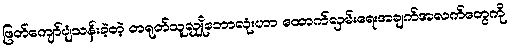
ဖြတ်ကျော်ပျံသန်းခဲ့တဲ့ တရုတ်သူလျှိုဘောလုံးဟာ ထောက်လှမ်းရေးအချက်အလက်တွေကို